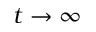
t \rightarrow \infty